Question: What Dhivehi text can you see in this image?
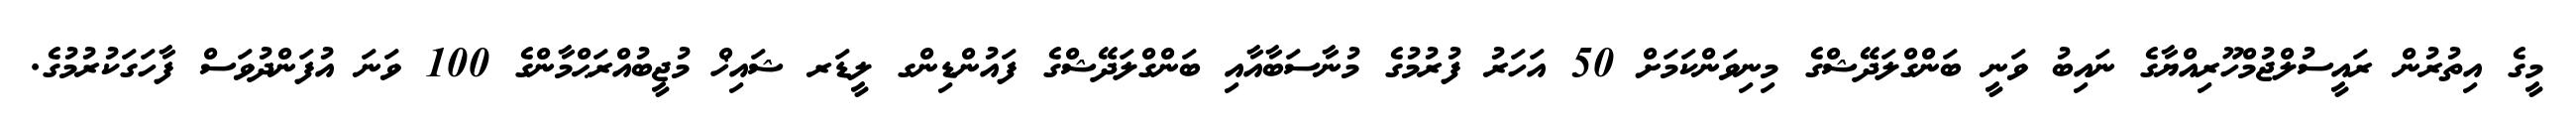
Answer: މީގެ އިތުރުން ރައީސުލްޖުމްހޫރިއްޔާގެ ނައިބު ވަނީ ބަންގްލަދޭޝްގެ މިނިވަންކަމަށް 50 އަހަރު ފުރުމުގެ މުނާސަބާއާއި ބަންގްލަދޭޝްގެ ފައުންޑިންގ ލީޑަރ ޝައިޚް މުޖީބުއްރަޙްމާންގެ 100 ވަނަ އުފަންދުވަސް ފާހަގަކުރުމުގެ.